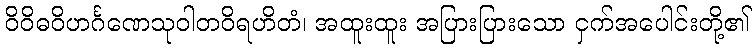
ဝိဝိဓဝိဟင်္ဂဏေသုဝါတဝိရဟိတံ၊ အထူးထူး အပြားပြားသော ငှက်အပေါင်းတို့၏